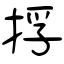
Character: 捊